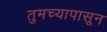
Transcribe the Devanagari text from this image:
तुमच्यापासून